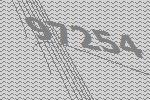
97254